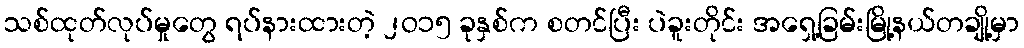
သစ်ထုတ်လုပ်မှုတွေ ရပ်နားထားတဲ့ ၂ဝ၁၅ ခုနှစ်က စတင်ပြီး ပဲခူးတိုင်း အရှေ့ခြမ်းမြို့နယ်တချို့မှာ